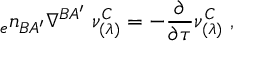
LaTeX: { _ { e } n _ { B A ^ { \prime } } } \nabla ^ { B A ^ { \prime } } \; \nu _ { ( \lambda ) } ^ { C } = - { \frac { \partial } { \partial \tau } } \nu _ { ( \lambda ) } ^ { C } \; ,